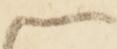
候